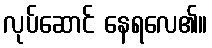
လုပ်ဆောင် နေရလေ၏။